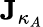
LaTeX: \mathbf{J}_{\kappa_{A}}